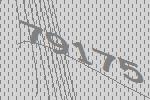
79175